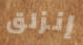
إنزلق